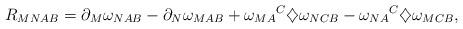
LaTeX: \begin{align*}R_{MNAB}=\partial_M\omega_{NAB}-\partial_N\omega_{MAB}+{\omega_{MA}}^C\diamondsuit\omega_{NCB}-{\omega_{NA}}^C\diamondsuit\omega_{MCB},\end{align*}